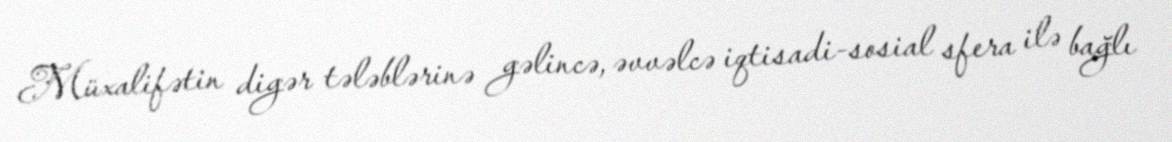
Müxalifətin digər tələblərinə gəlincə, əvvəlcə iqtisadi-sosial sfera ilə bağlı